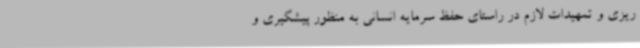
ریزی و تمهیدات لازم در راستای حفظ سرمایه انسانی به منظور پیشگیری و